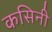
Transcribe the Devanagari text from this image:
कसिनी